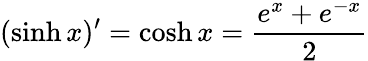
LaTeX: (\sinh x)^{\prime}=\cosh x={\frac{e^{x}+e^{-x}}{2}}